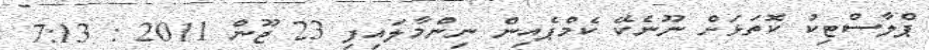
ޕްލާސްޓިކު ކޮތަޅަށް ނޫނެކޭ ކެމްޕެއިން ނިންމާލައިފި 23 ޖޫން 2011 : 7:13